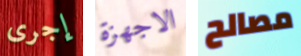
إجرى الاجهزة مصالح